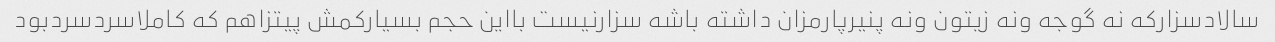
سالادسزارکه نه گوجه ونه زیتون ونه پنیرپارمزان داشته باشه سزارنیست بااین حجم بسیارکمش پیتزاهم که کاملاسردسردبود